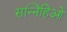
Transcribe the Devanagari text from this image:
सन्निहिओ